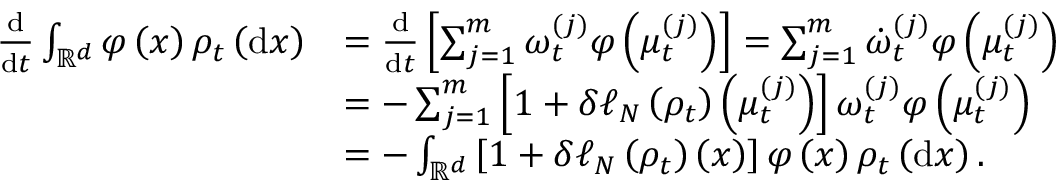
\begin{array} { r l } { \frac { \mathrm { d } } { \mathrm { d } t } \int _ { \mathbb { R } ^ { d } } \varphi \left( x \right) \rho _ { t } \left( \mathrm { d } x \right) } & { = \frac { \mathrm { d } } { \mathrm { d } t } \left[ \sum _ { j = 1 } ^ { m } \omega _ { t } ^ { ( j ) } \varphi \left( \mu _ { t } ^ { ( j ) } \right) \right] = \sum _ { j = 1 } ^ { m } \dot { \omega } _ { t } ^ { ( j ) } \varphi \left( \mu _ { t } ^ { ( j ) } \right) } \\ & { = - \sum _ { j = 1 } ^ { m } \left[ 1 + \delta \ell _ { N } \left( \rho _ { t } \right) \left( \mu _ { t } ^ { ( j ) } \right) \right] \omega _ { t } ^ { ( j ) } \varphi \left( \mu _ { t } ^ { ( j ) } \right) } \\ & { = - \int _ { \mathbb { R } ^ { d } } \left[ 1 + \delta \ell _ { N } \left( \rho _ { t } \right) \left( x \right) \right] \varphi \left( x \right) \rho _ { t } \left( \mathrm { d } x \right) . } \end{array}